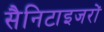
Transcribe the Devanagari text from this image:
सैनिटाइजरों